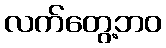
လက်တွေ့ဘဝ